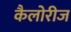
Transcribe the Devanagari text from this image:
कैलोरीज